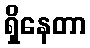
ရှိနေတာ